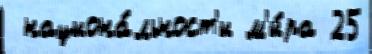
 национа́льност'и м'и́ра 25